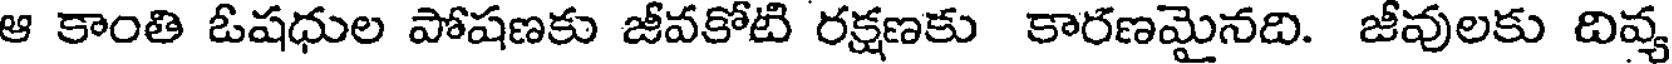
ఆ కాంతి ఓషధుల పోషణకు జీవకోటి రక్షణకు కారణమైనది. జీవులకు దివ్య